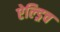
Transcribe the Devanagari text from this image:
ऐल्ड्रिच